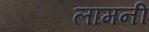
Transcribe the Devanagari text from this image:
लामनी